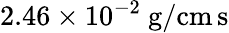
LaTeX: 2.46\times 10^{-2}~\mathrm{g}/\mathrm{cm\, s}